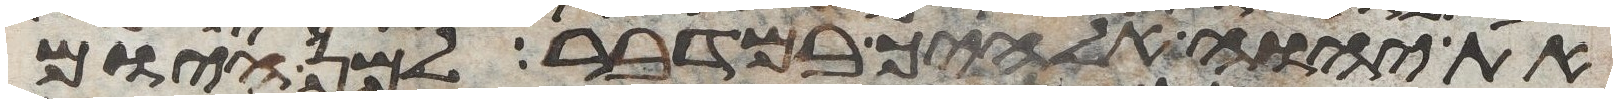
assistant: את יהוה אלהיך במדבר למן היום